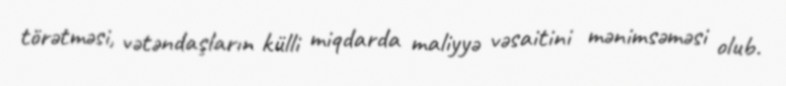
törətməsi, vətəndaşların külli miqdarda maliyyə vəsaitini mənimsəməsi olub.